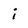
Character: i